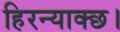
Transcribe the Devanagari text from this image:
हिरन्याक्छ।